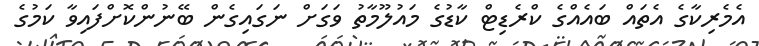
އެމެރިކާގެ އެތައް ބައެއްގެ ކްރެޑިޓް ކާޑުގެ މައުލޫމާތު ވަގަށް ނަގައިގެން ބޭނުންކޮށްފައިވާ ކަމުގެ